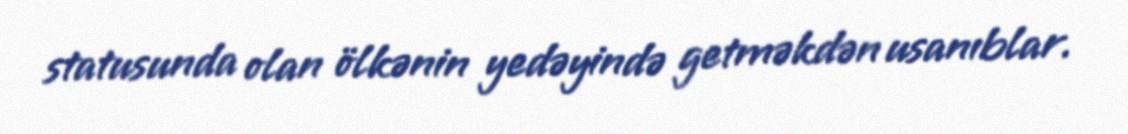
statusunda olan ölkənin yedəyində getməkdən usanıblar.